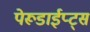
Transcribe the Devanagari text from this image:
पेरूडाईप्ट्स